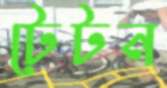
টেটন